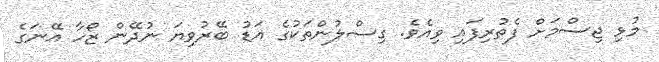
މުޅި ޖިސްމަށް ފެތުރިފައި ވިއެވެ. ގިސްލުންތަކުގެ އަޑު ބޭރުވިޔަ ނުދޭން ޒޯހާ އޭނަގެ